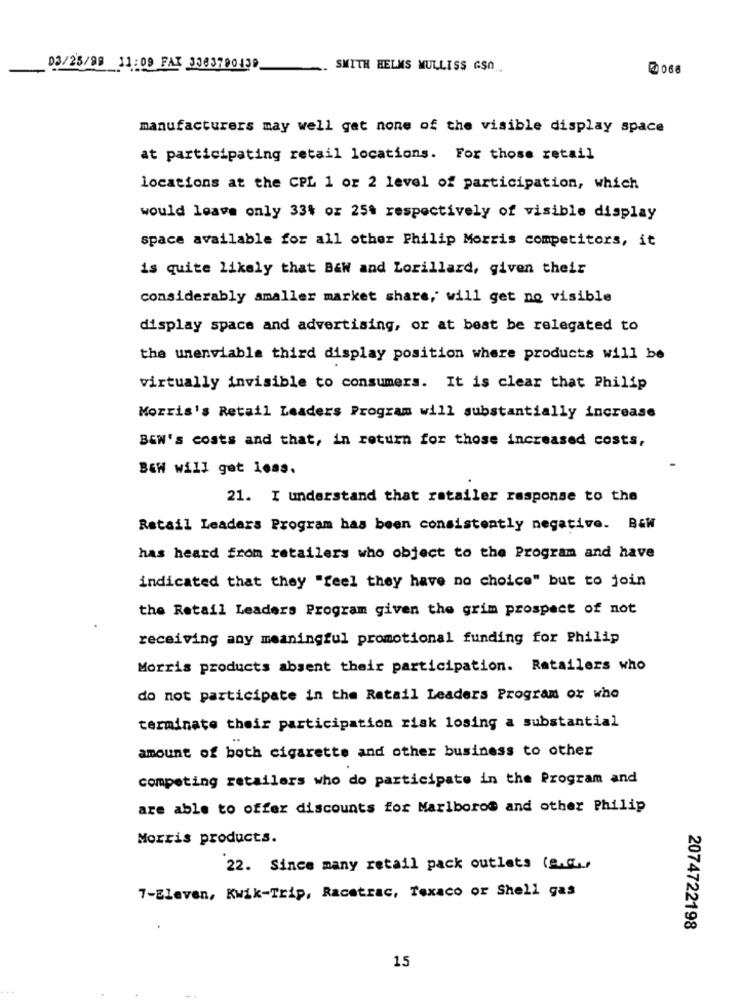
03/25/99 11:09 FAX 3063790439
.. SMITH HELMS MULLISS GSO
@066
manufacturers may well get none of the visible display space
at participating retail locations. For those retail
locations at the CPL 1 or 2 level of participation, which
would leave only 334 or 25% respectively of visible display
space available for all other Philip Morris competitors, it
is quite likely that BEW and Lorillard, given their
considerably amaller market share, will get no visible
display space and advertising, or at best be relegated to
the unenviable third display position where products will be
virtually invisible to consumers. It is clear that Philip
Morris's Retail Leaders Program will substantially increase
BEN's costs and that, in return for those increased costs,
B&W will get loss.
21. I understand that retailer response to the
Retail Leaders Program has been consistently negative. B&W
has heard from retailers who object to the Program and have
indicated that they "feel they have no choice" but to join
the Retail Leaders Program given the grim prospect of not
receiving any meaningful promotional funding for Philip
Morris products absent their participation. Retailers who
do not participate in the Retail Leaders Program or who
terminate their participation risk losing a substantial
amount of both cigarette and other business to other
competing retailers who do participate in the Program and
are able to offer discounts for Marlboros and other Philip
Morris products.
22. Since many retail pack outlets (e.g .,
7-Eleven, Kwik-Trip, Racetrac, Texaco or Shell gas
2074722198
15